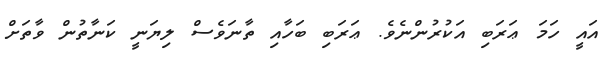
އައީ ހަމަ ޢަރަބި އަކުރުންނެވެ. ޢަރަބި ބަހާއި ތާނަވެސް ލިޔަނީ ކަނާތުން ވާތަށް